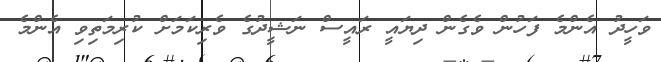
ވަހީދު އެންމެ ފަހުން ވެގެން ދިޔައީ ރައީސް ނަޝީދުގެ ވެރިކަމަށް ކުރިމަތިވި އެންމެ